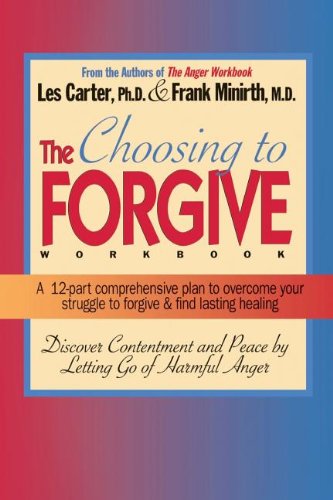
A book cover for The Choosing to Forgive Workbook; Frank Minirth; Self-Help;